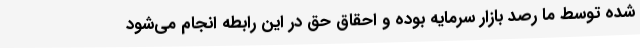
شده توسط ما رصد بازار سرمایه بوده و احقاق حق در این رابطه انجام می‌شود